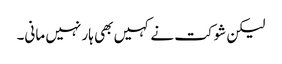
لیکن شوکت نے کہیں بھی ہار نہیں مانی۔